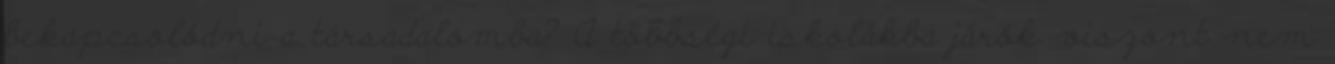
bekapcsolódni a társadalomba? A többségi iskolákba járók viszont nem